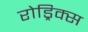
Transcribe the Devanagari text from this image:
रोड्रिक्स